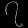
Digit: ၇